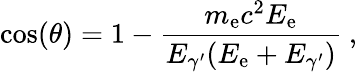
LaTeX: \cos(\theta)=1-\frac{m_{\textrm{e}}c^{2}E_{\textrm{e}}}{E_{\gamma^{\prime}}(E_{\textrm{e}}+E_{\gamma^{\prime}})}\ ,